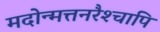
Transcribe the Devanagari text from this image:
मदोन्मत्तनरैश्‍चापि